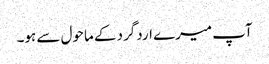
آپ میرے اردگرد کے ماحول سے ہو۔